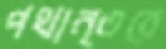
পথান্তরে